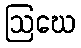
ဩဃေ